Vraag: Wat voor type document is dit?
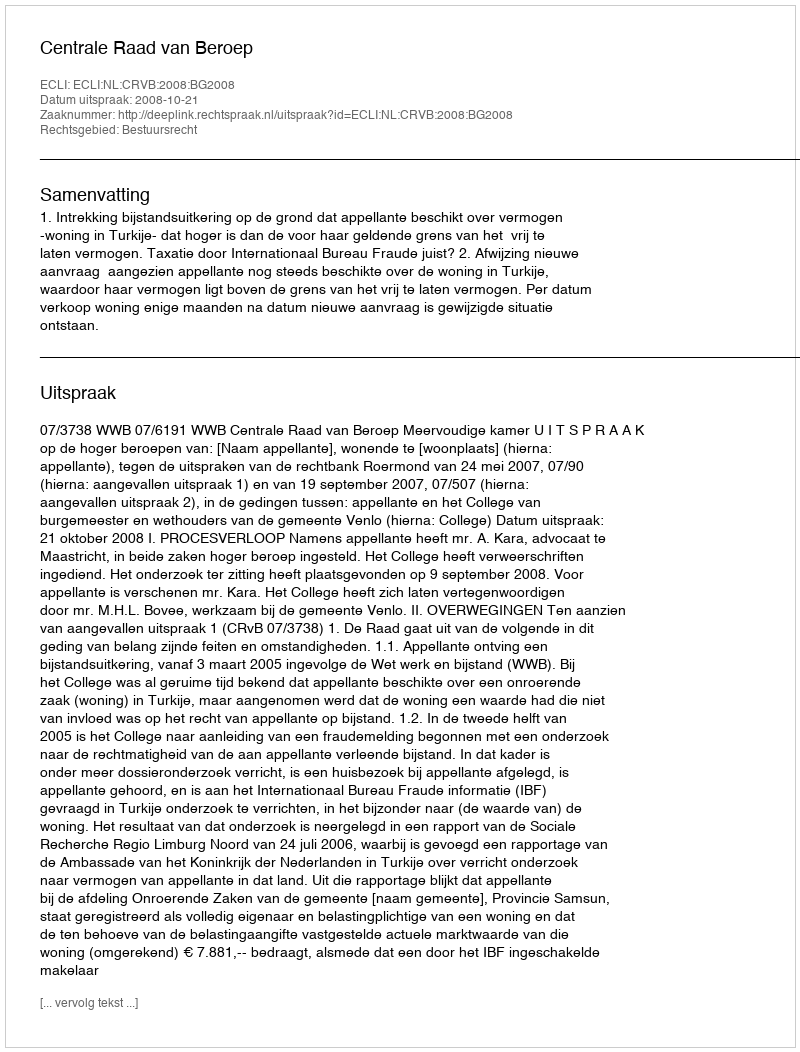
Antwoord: Uitspraak